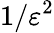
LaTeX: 1/\varepsilon^{2}